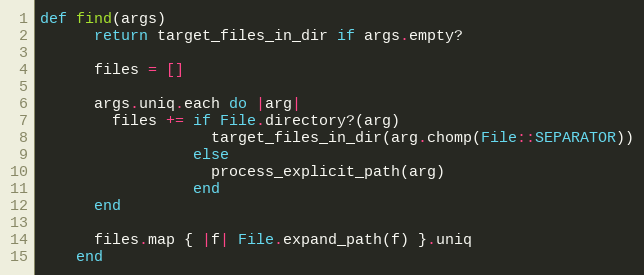
Language: Ruby
def find(args)
      return target_files_in_dir if args.empty?

      files = []

      args.uniq.each do |arg|
        files += if File.directory?(arg)
                   target_files_in_dir(arg.chomp(File::SEPARATOR))
                 else
                   process_explicit_path(arg)
                 end
      end

      files.map { |f| File.expand_path(f) }.uniq
    end